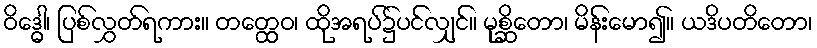
ဝိဒ္ဓေါ၊ ပြစ်လွှတ်ရကား။ တတ္ထေဝ၊ ထိုအရပ်၌ပင်လျှင်။ မုစ္ဆိတော၊ မိန်းမော၍။ ယဒိပတိတော၊